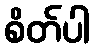
စိတ်ပါ